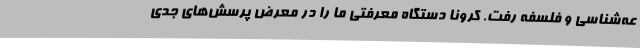
عه‌شناسی و فلسفه رفت. کرونا دستگاه معرفتی ما را در معرض پرسش‌های جدی